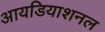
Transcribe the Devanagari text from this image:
आयडियाशनल